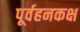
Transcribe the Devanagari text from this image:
पूर्वहनकक्ष